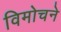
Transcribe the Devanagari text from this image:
विमोचने